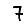
Digit: 7